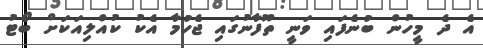
އެ ދެ މީހުން ބުނެފައި ވަނީ ތޫފާނުގައި ޖެހުމާ އެކު ކުއްލިއަކަށް ބޯޓު